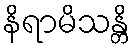
နိရာမိသန္တိ